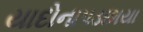
યાદોનાપડછાયા